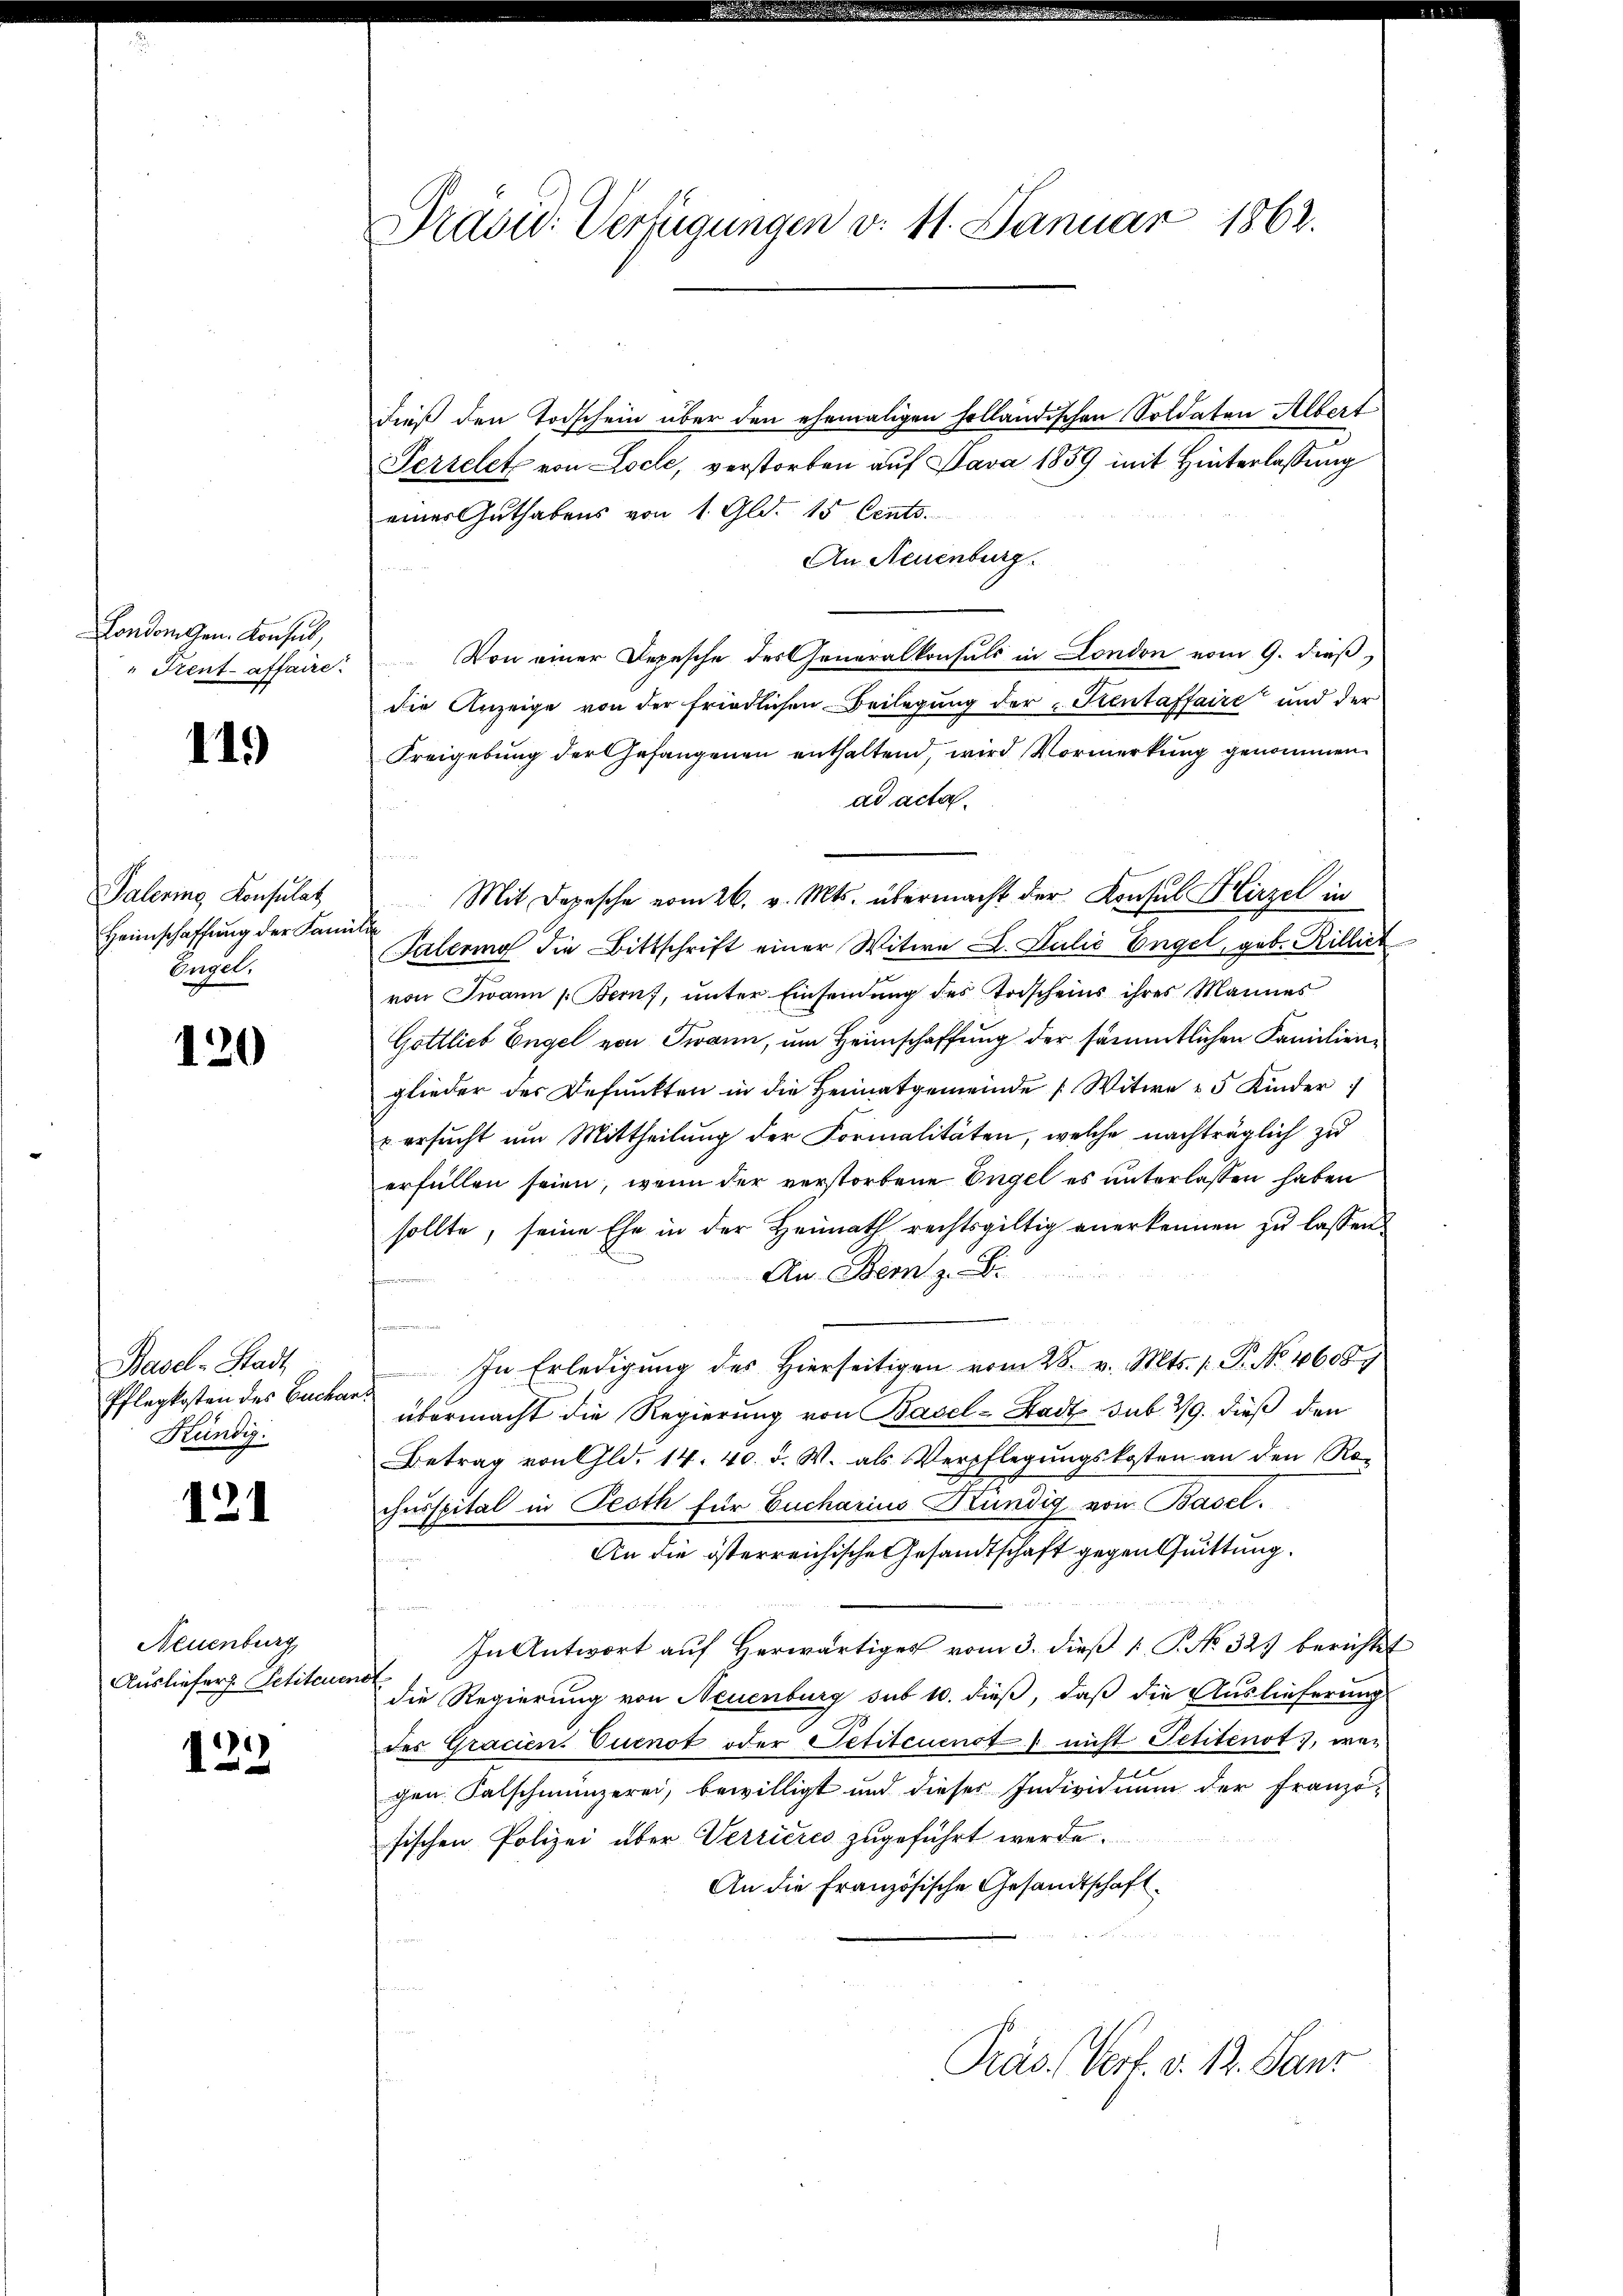
London Gen. Konsul,
" Frent affaire.

119)

Palering Konsulat
Heimschaffung der Kann
Engel,

120

Basel-Stadt,
Pflegkosten des Euchar
Kündig.

121

Neuenburg
Ausliefer. Petiteuer

123

Präsid. Verfügungen v. 11. Januar 1862.

dieß den Todschein über den ehemaligen holländischen Soldaten Albert
Perrelet von Loche, verstorben auf Java 1859 mit Hinterlassung
einer Guthabens von 1. Gld. 15 Cents.
An Neuenburg.
Von einer Depesche des Generalkonsuls in London vom 9. dieß,
die Anzeige von der friedlichen Beilegung der Kientaffaire und der
Freigebung der Gefangenen enthaltend, wird Vormerkung genommen
ad acta.
u
Mit Depesche vom 26. v. Mts. übermacht der Konsul Hirzel in
t
Salering die Bittschrift einer Witwe L. Julić Engel, geb. Rillich
von Twann Bern, unter Einsendung des Todscheins ihres Mannes
Gottlich Engel von Twann, um Heimschaffung der sämmtlichen Familienglieder des Befunkten in die Heimatgemeinde Witwe 25 Kinder
u ersucht um Mittheilung der Formalitäten, welche nachträglich zu
erfüllen seien, wenn der verstorbene Engel es unterlassen haben
sollte, seine Ehe in der Heimath rechtsgültig anerkennen zu lassen
An Bem z. B.

In Erledigung des hierseitigen vom 28. v. Mts. p. P. Nr. 4608
übermacht die Regierung von Basel-Stadt sub. 29. dieß den
Betrag von Gld. 14. 40. d. W. als Verpflegŭngskosten an den Ro-
chnsspital in Pecth für Eucharius Kündig von Basel.
An die österreichische Gesandtschaft gegentuittung.
In Antwort aŭf herwärtiges vom 3. dieß 1 S. No. 32. berichtet
a
die Regierung von Neuenburg sub 10. dieß, daß die Auslieferung
des Gracien. Sucnot oder Petitcuenot / nicht Petitenot, wegen Falschmünzerei, bewilligt und dieser Individium der Franzö-
fischen Polizei über Verrieres zugeführt werde.
An die Französische Gesandtschaft.

Präs. Verf. v. 12. Janz